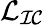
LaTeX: \mathcal{L}_{\mathcal{IC}}